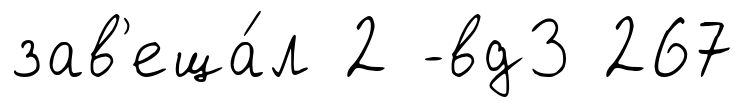
зав'еща́л 2 -вд3 267